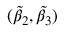
( \widetilde { \beta } _ { 2 } , \widetilde { \beta } _ { 3 } )